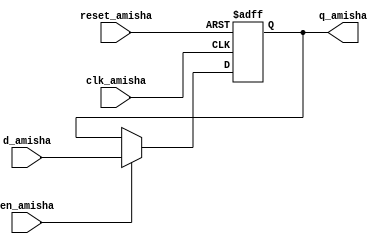
`timescale 1ns / 1ps
//////////////////////////////////////////////////////////////////////////////////
// Company: 
// Engineer: 
// 
// Design Name: 
// Module Name:    d_ff_en_2seg_Amisha 
// Project Name: 
// Target Devices: 
// Tool versions: 
// Description: 
//
// Dependencies: 
//
// Revision: 
// Revision 0.01 - File Created
// Additional Comments: 
//
//////////////////////////////////////////////////////////////////////////////////
module d_ff_en_2seg_Amisha(
    input clk_amisha,
    input reset_amisha,
    input en_amisha,
    input d_amisha,
    output reg q_amisha
    );
	 
	 reg r_reg_amisha, r_next_amisha;
	 always @(posedge clk_amisha, posedge reset_amisha)
	 if (reset_amisha)
	 r_reg_amisha <= 1'b0;
	 else 
	 r_reg_amisha <= r_next_amisha;
	 
	 always @*
	 if (en_amisha)
	 r_next_amisha = d_amisha;
	 else
	 r_next_amisha = r_reg_amisha;
	 
	 always @*
	 q_amisha = r_reg_amisha;
endmodule